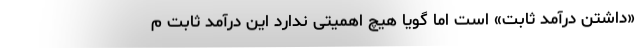
«داشتن درآمد ثابت» است اما گویا هیچ اهمیتی ندارد این درآمد ثابت م